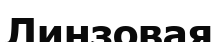
Линзовая